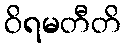
ဝိရမတီတိ